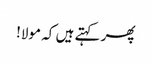
پھر کہتے ہیں کہ مولا!